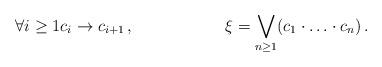
LaTeX: \begin{align*} \forall i\geq1c_i&\to c_{i+1}\,,&\xi&=\bigvee_{n\geq1}(c_1\cdot\ldots\cdot c_n)\,.\end{align*}